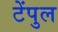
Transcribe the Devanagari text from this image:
टेंपुल